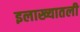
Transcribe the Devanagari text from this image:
इलाख्यातली